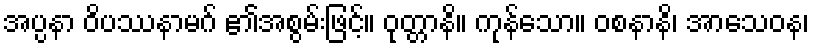
အပ္ပနာ ဝိပဿနာမဂ် ၏အစွမ်းဖြင့်။ ဝုတ္တာနိ။ ကုန်သော။ ဝစနာနိ၊ အာသေဝန၊